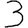
Digit: 3